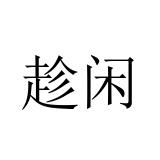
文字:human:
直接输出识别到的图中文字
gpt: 趁闲